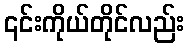
၎င်းကိုယ်တိုင်လည်း